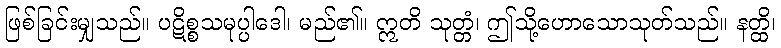
ဖြစ်ခြင်းမျှသည်။ ပဋိစ္စသမုပ္ပါဒေါ၊ မည်၏။ ဣတိ သုတ္တံ၊ ဤသို့ဟောသောသုတ်သည်။ နတ္ထိ၊